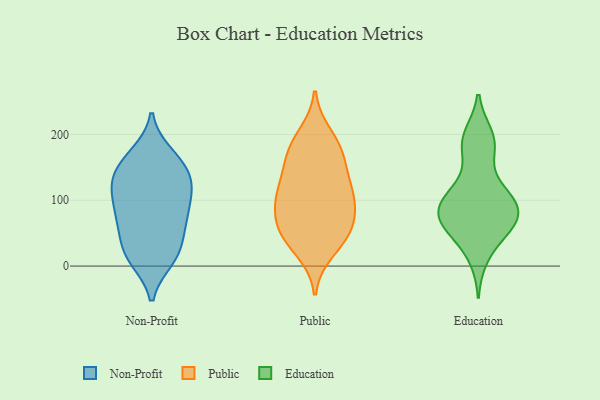
{"axis": {"x": "Latency (ms)", "y": "Value"}, "legend": ["Education", "Non-Profit", "Public"], "data": [{"x": "", "y": 131, "type": "Non-Profit"}, {"x": "", "y": 10, "type": "Non-Profit"}, {"x": "", "y": 13, "type": "Non-Profit"}, {"x": "", "y": 165, "type": "Non-Profit"}, {"x": "", "y": 139, "type": "Non-Profit"}, {"x": "", "y": 83, "type": "Non-Profit"}, {"x": "", "y": 74, "type": "Non-Profit"}, {"x": "", "y": 114, "type": "Non-Profit"}, {"x": "", "y": 107, "type": "Non-Profit"}, {"x": "", "y": 124, "type": "Non-Profit"}, {"x": "", "y": 58, "type": "Non-Profit"}, {"x": "", "y": 31, "type": "Non-Profit"}, {"x": "", "y": 143, "type": "Non-Profit"}, {"x": "", "y": 69, "type": "Non-Profit"}, {"x": "", "y": 170, "type": "Non-Profit"}, {"x": "", "y": 114, "type": "Non-Profit"}, {"x": "", "y": 11, "type": "Non-Profit"}, {"x": "", "y": 29, "type": "Non-Profit"}, {"x": "", "y": 161, "type": "Non-Profit"}, {"x": "", "y": 75, "type": "Non-Profit"}, {"x": "", "y": 93, "type": "Public"}, {"x": "", "y": 198, "type": "Public"}, {"x": "", "y": 94, "type": "Public"}, {"x": "", "y": 114, "type": "Public"}, {"x": "", "y": 98, "type": "Public"}, {"x": "", "y": 119, "type": "Public"}, {"x": "", "y": 53, "type": "Public"}, {"x": "", "y": 57, "type": "Public"}, {"x": "", "y": 136, "type": "Public"}, {"x": "", "y": 47, "type": "Public"}, {"x": "", "y": 168, "type": "Public"}, {"x": "", "y": 172, "type": "Public"}, {"x": "", "y": 24, "type": "Public"}, {"x": "", "y": 52, "type": "Public"}, {"x": "", "y": 178, "type": "Public"}, {"x": "", "y": 174, "type": "Education"}, {"x": "", "y": 197, "type": "Education"}, {"x": "", "y": 64, "type": "Education"}, {"x": "", "y": 85, "type": "Education"}, {"x": "", "y": 74, "type": "Education"}, {"x": "", "y": 65, "type": "Education"}, {"x": "", "y": 103, "type": "Education"}, {"x": "", "y": 13, "type": "Education"}, {"x": "", "y": 70, "type": "Education"}, {"x": "", "y": 63, "type": "Education"}, {"x": "", "y": 109, "type": "Education"}, {"x": "", "y": 41, "type": "Education"}, {"x": "", "y": 95, "type": "Education"}, {"x": "", "y": 199, "type": "Education"}, {"x": "", "y": 180, "type": "Education"}, {"x": "", "y": 97, "type": "Education"}, {"x": "", "y": 120, "type": "Education"}]}